Some observations on the poison of Russell's viper (Daboia russellii) - Number 3
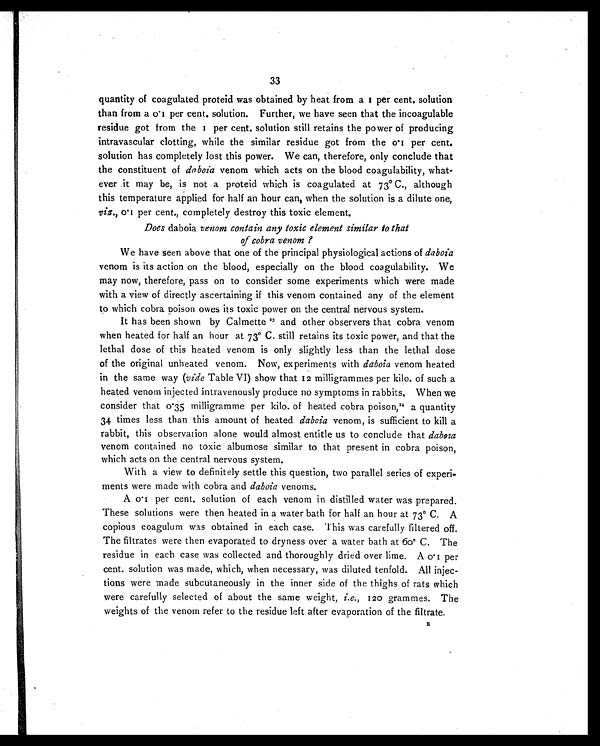
33
quantity of coagulated proteid was obtained by heat from a 1 per cent. solution
than from a 0.1 per cent. solution. Further, we have seen that the incoagulable
resi due got from t he 1 per cent . sol ut i on st i l l ret ai ns t he power of produci ng
intravascular clotting, while the similar residue got from the 0.1 per cent.
solution has completely lost this power. We can, therefore, only conclude that
the constituent of daboia venom which acts on the blood coagulability, what-
ever it may be, is not a proteid which is coagulated at 73° C., although
this temperature applied for half an hour can, when the solution is a dilute one,
viz., 0.1 per cent., completely destroy this toxic element.
Does daboia venom contain any toxic element similar to that
of cobra venom ?
We have seen above that one of the principal physiological actions of daboia
venom is its action on the blood, especially on the blood coagulability. We
may now, therefore, pass on to consider some experiments which were made
with a view of directly ascertaining if this venom contained any of the element
to which cobra poison owes its toxic power on the central nervous system.
It has been shown by Calmette 23 and other observers that cobra venom
when heated for half an hour at 73° C. still retains its toxic power, and that the
lethal dose of this heated venom is only slightly less than the lethal dose
of the original unheated venom. Now, experiments with daboia venom heated
in the same way (vide Table VI) show that 12 milligrammes per kilo. of such a
heated venom injected intravenously produce no symptoms in rabbits. When we
consider that 0.35 milligramme per kilo. of heated cobra poison, 24 a quantity
34 times less than this amount of heated daboia venom, is sufficient to kill a
rabbit, this observation alone would almost entitle us to conclude that daboia
venom contained no toxic albumose similar to that present in cobra poison,
which acts on the central nervous system.
With a view to definitely settle this question, two parallel series of experi-
ments were made with cobra and daboia venoms.
A 0.1 per cent, solution of each venom in distilled water was prepared.
These solutions were then heated in a water bath for half an hour at 73° C. A
copious coagulum was obtained in each case. This was carefully filtered off.
The filtrates were then evaporated to dryness over a water bath at 60° C. The
residue in each case was collected and thoroughly dried over lime. A 0.1 per
cent. solution was made, which, when necessary, was diluted tenfold. All injec-
tions were made subcutaneously in the inner side of the thighs of rats which
were carefully selected of about the same weight, i.e., 120 grammes. The
weights of the venom refer to the residue left after evaporation of the filtrate. E